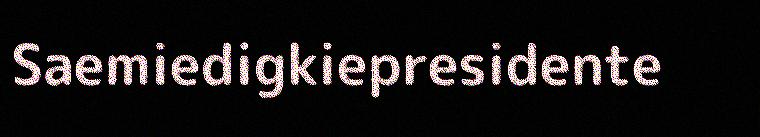
Saemiedigkiepresidente